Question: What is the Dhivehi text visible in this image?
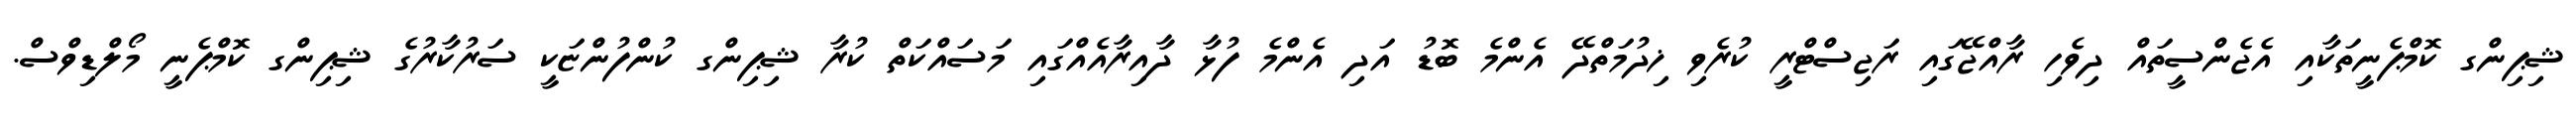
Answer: ޝިޕިންގ ކޮމްޕެނީތަކާއި އެޖެންސީތައް ދިވެހި ރާއްޖޭގައި ރަޖިސްޓްރީ ކުރެވި ޚިދުމަތްދޭ އެންމެ ބޮޑު އަދި އެންމެ ފުޅާ ދާއިރާއެއްގައި މަސައްކަތް ކުރާ ޝިޕިންގ ކުންފުންޏަކީ ސަރުކާރުގެ ޝިޕިންގ ކޮމްޕެނީ މޯލްޑިވްސް.